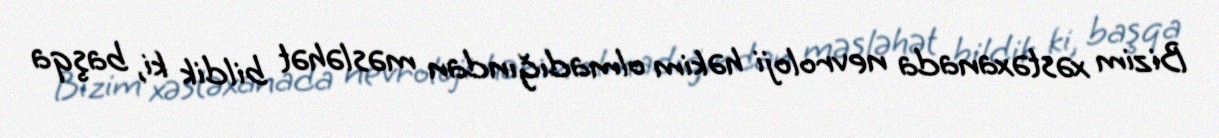
Bizim xəstəxanada nevroloji həkim olmadığından məsləhət bildik ki, başqa